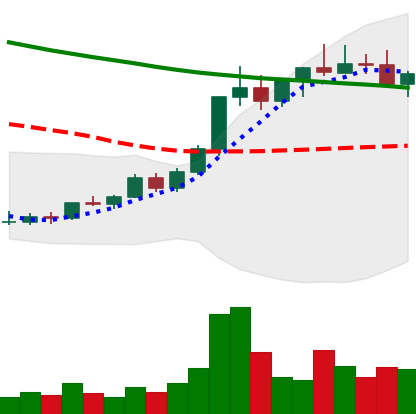
Ticker: ADA-USD
Chart end date: 2022-04-01
Forward return: -9.666%
Label: down_7plus